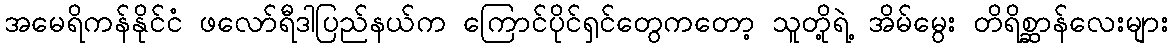
အမေရိကန်နိုင်ငံ ဖလော်ရီဒါပြည်နယ်က ကြောင်ပိုင်ရှင်တွေကတော့ သူတို့ရဲ့ အိမ်မွေး တိရိစ္ဆာန်လေးများ